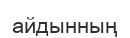
айдынның